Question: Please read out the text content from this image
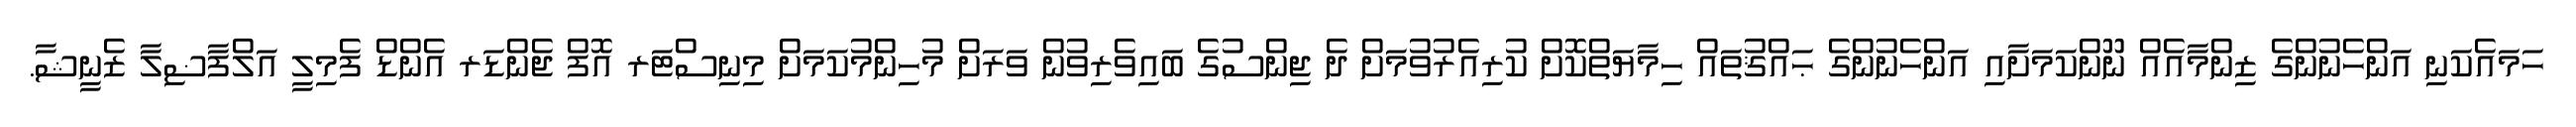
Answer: ހަމައެކަނި އަންހެނުންގެ ޒިންމާއެއް ނޫންކަމަށާއި އަންހެނުންގެ ޙައްޤުތައް ހިމާޔަތްކޮށް ކުރިއެރުވުމަށް ދެ ޖިންސުގެ ބައިވެރިވުން ވަރަށް މުހިންމުކަމަށް މިނިސްޓަރ އޮފް ޖެންޑަރ އެންޑް ފެމިލީ އަލްފާޟިލާ ޒެނީޝާ.